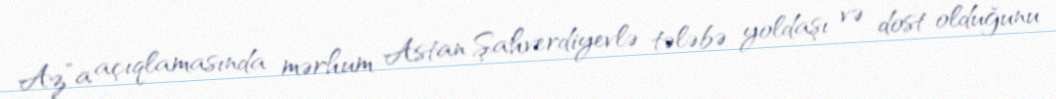
Az”a açıqlamasında mərhum Astan Şahverdiyevlə tələbə yoldaşı və dost olduğunu